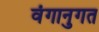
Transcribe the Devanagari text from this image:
वंगानुगत